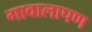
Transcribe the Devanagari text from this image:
गावालापण